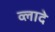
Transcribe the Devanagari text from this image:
व्लादे